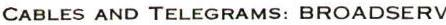
CABLES AND TELEGRAMS :BROADSERV